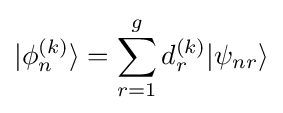
|\phi _{n}^{(k)}\rangle =\sum _{r=1}^{g}d_{r}^{(k)}|\psi _{nr}\rangle